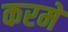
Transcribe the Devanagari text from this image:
करमें